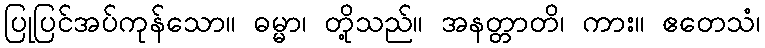
ပြုပြင်အပ်ကုန်သော။ ဓမ္မာ၊ တို့သည်။ အနတ္တာတိ၊ ကား။ ဧတေသံ၊